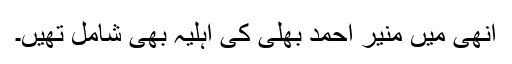
انھی میں منیر احمد بھلی کی اہلیہ بھی شامل تھیں۔